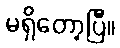
မရှိတော့ပြီ။